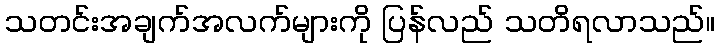
သတင်းအချက်အလက်များကို ပြန်လည် သတိရလာသည်။